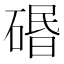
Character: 䃉